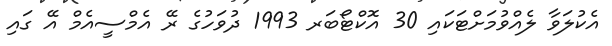
އެކުލަވާ ލެއްވުމަށްޓަކައި 30 އޮކްޓޯބަރ 1993 ދުވަހުގެ ރޭ އެމްސީއެމް އޭ ގައި